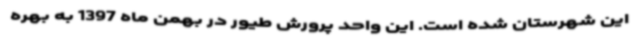
این شهرستان شده است. این واحد پرورش طیور در بهمن ماه 1397 به بهره